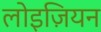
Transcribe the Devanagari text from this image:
लोइज़ियन